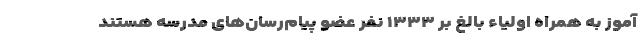
آموز به همراه اولیاء بالغ بر ۱۳۳۳ نفر عضو پیام‌رسان‌های مدرسه هستند